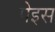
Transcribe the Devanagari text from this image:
पेइस